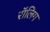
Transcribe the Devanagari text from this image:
रॉलिग